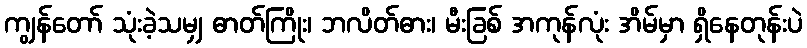
ကျွန်တော် သုံးခဲ့သမျှ ဓာတ်ကြိုး၊ ဘလိတ်ဓား၊ မီးခြစ် အကုန်လုံး အိမ်မှာ ရှိနေတုန်းပဲ